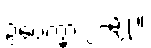
ဥပေက္ခာ ၂-မျိုး။